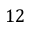
1 2